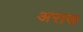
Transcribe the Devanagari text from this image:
अरास